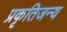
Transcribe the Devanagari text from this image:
प्रकृतिजन्य